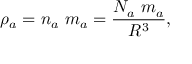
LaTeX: \rho _ { a } = n _ { a } \ m _ { a } = \frac { N _ { a } \ m _ { a } } { R ^ { 3 } } ,